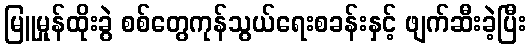
မြူမှုန်ထိုးခွဲ စစ်တွေကုန်သွယ်ရေးစခန်းနှင့် ဖျက်ဆီးခဲ့ပြီး